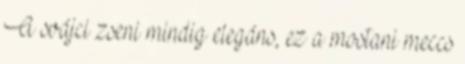
A svájci zseni mindig elegáns, ez a mostani meccs